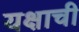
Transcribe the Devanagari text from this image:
यक्षाची